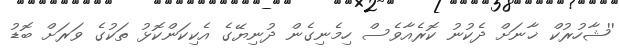
''ޝާހުރުކް ޚާނަށް ދެކުނު ކޮރެއާވެސް ހިމެނިގެން ދުނިޔޭގެ އެކިކަންކޮޅު ތަކުގެ ވަރަށް ބޮޑު